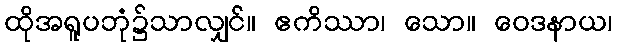
ထိုအရူပဘုံ၌သာလျှင်။ ဧကိဿာ၊ သော။ ဝေဒနာယ၊